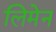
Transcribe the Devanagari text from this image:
लिमेन